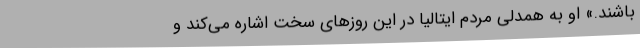
باشند.» او به همدلی مردم ایتالیا در این روزهای سخت اشاره می‌کند و